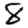
Digit: 8